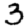
Digit: 3